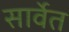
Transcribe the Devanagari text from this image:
सार्वेत